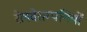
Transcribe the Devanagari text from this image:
रेलवेसम्पत्तियों